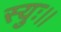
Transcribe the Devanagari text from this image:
स्युः।।